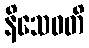
နိသေဝတိ